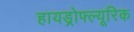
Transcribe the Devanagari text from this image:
हायड्रोफ्ल्यूरिक